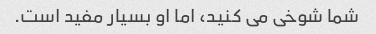
شما شوخی می کنید، اما او بسیار مفید است.